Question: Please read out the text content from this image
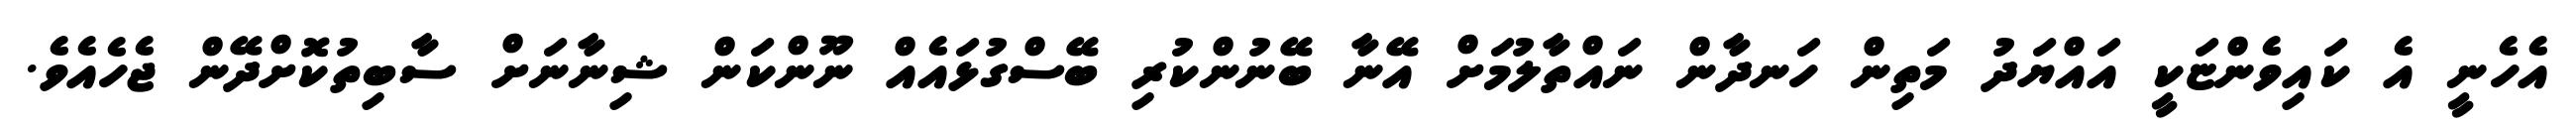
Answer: އެހެނީ އެ ކައިވެންޏަކީ އައްޔަދު މަތިން ހަނދާން ނައްތާލުމަށް އޭނާ ބޭނުންކުރި ބޭސްގުޅައެއް ނޫންކަން ޝިނާނަށް ސާބިތުކޮށްދޭން ޖެހެއެވެ.